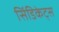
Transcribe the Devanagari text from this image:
सिंडिकेट्स